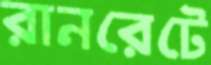
রানরেটে